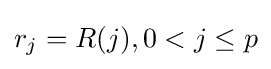
r_{j}=R(j),0<j\leq p